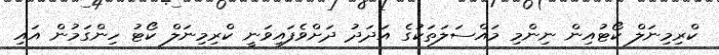
ކްރިމިނަލް ކޯޓުއިން ނިންމި މައްސަލަތަކުގެ އަދަދު ދަށްވެފައިވަނީ ކްރިމިނަލް ކޯޓު ހިންގަމުން އައި